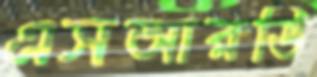
এসআরডি